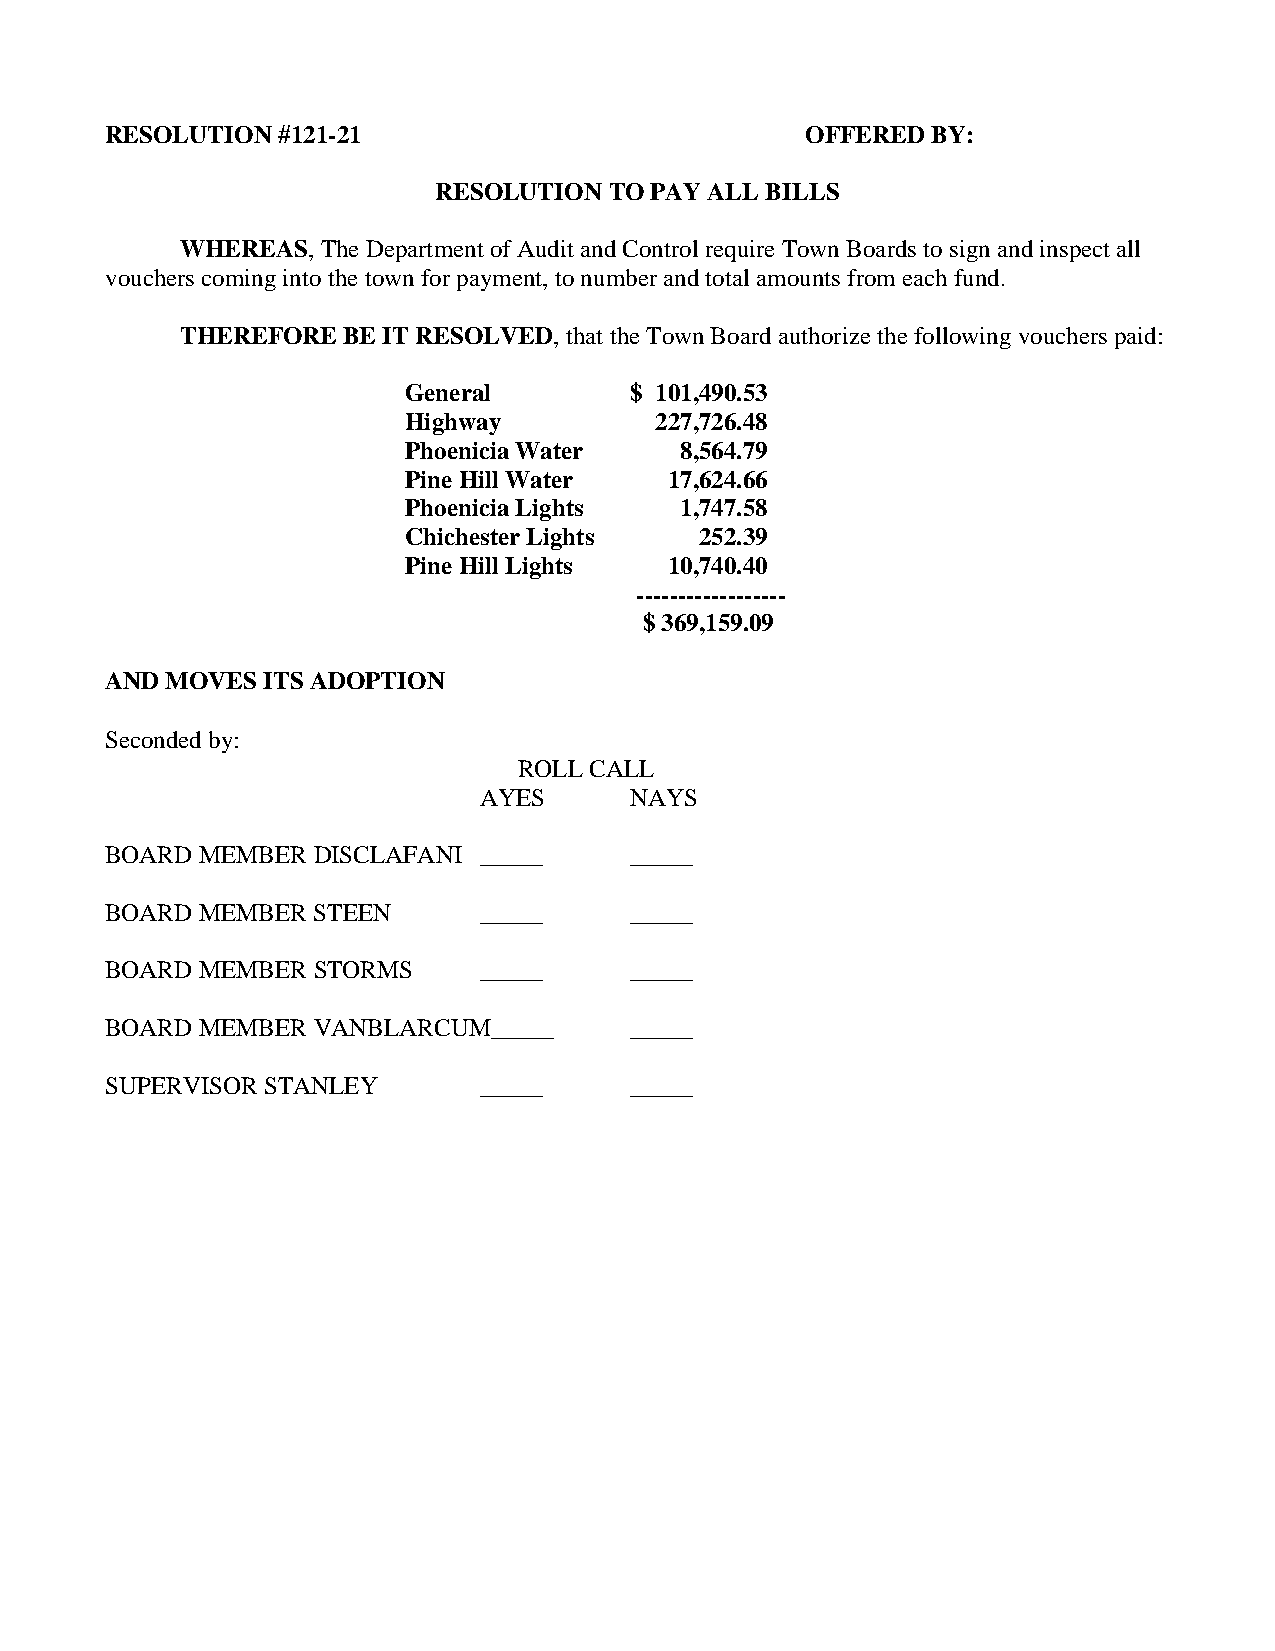
RESOLUTION #121-21                            OFFERED  BY:
 RESOLUTION TO PAY ALL BILLS
 WHEREAS, The Department of Audit and Control require Town Boards to sign and inspect all
 vouchers coming into the town for payment, to number and total amounts from each fund.
 THEREFORE  BE IT RESOLVED, that the Town Board authorize the following vouchers paid:
 General        $ 101,490.53
 Highway         227,726.48
 Phoenicia Water   8,564.79
 Pine Hill Water  17,624.66
 Phoenicia Lights  1,747.58
 Chichester Lights  252.39
 Pine Hill Lights 10,740.40
 ------------------
 $ 369,159.09
 AND MOVES ITS ADOPTION
 Seconded by:
 ROLL CALL
 AYES      NAYS
 BOARD MEMBER  DISCLAFANI _____     _____
 BOARD MEMBER  STEEN      _____     _____
 BOARD MEMBER  STORMS     _____     _____
 BOARD MEMBER  VANBLARCUM_____      _____
 SUPERVISOR STANLEY       _____     _____